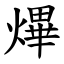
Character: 熚